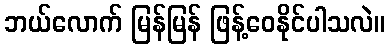
ဘယ်လောက် မြန်မြန် ဖြန့်ဝေနိုင်ပါသလဲ။